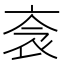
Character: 𧘭